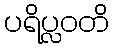
ပရိပ္လဝတိ